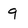
Character: 9